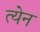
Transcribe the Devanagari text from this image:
त्येन